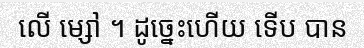
លើ ម្សៅ ។ ដូច្នេះហើយ ទើប បាន